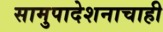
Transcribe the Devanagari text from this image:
सामुपादेशनाचाही